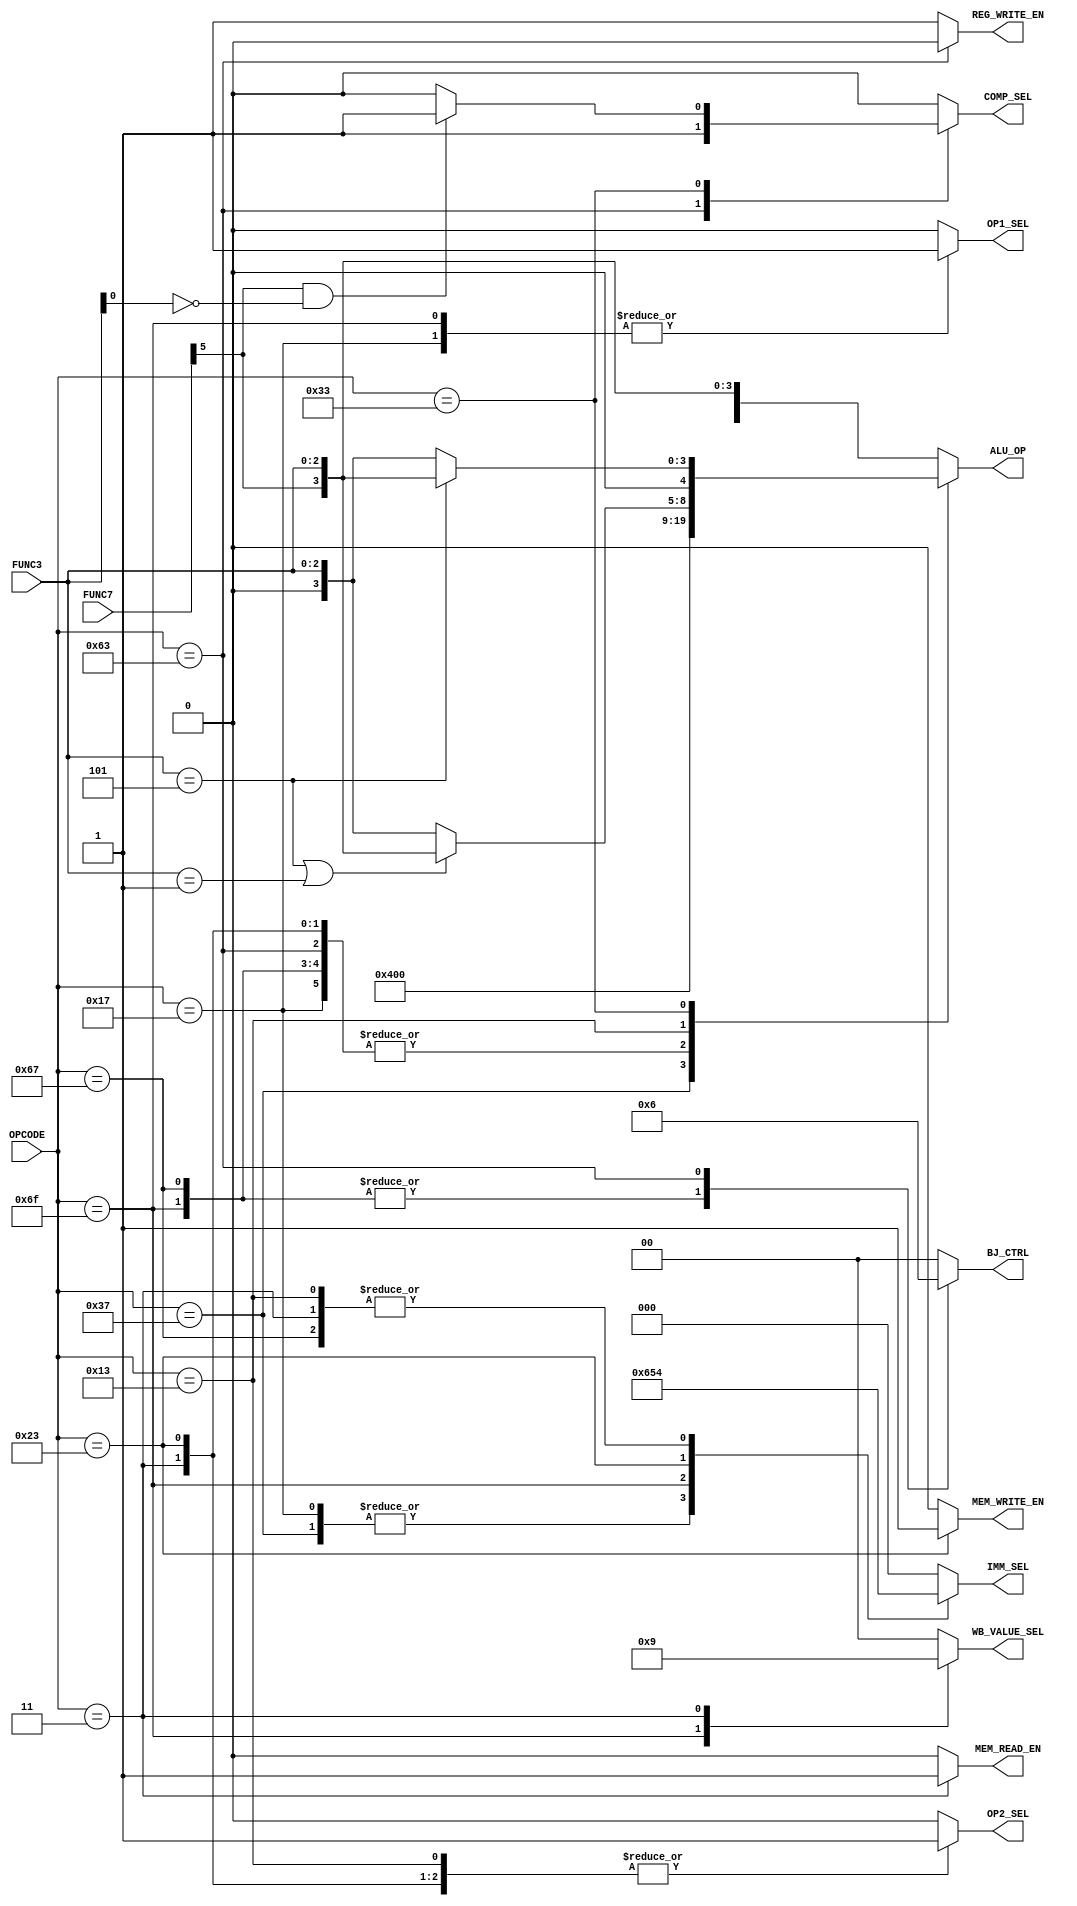
module controller(
    // inputs
    OPCODE,
    FUNC3,
    FUNC7,
    // outputs
    REG_WRITE_EN, //  wrten_reg
    WB_VALUE_SEL, // ALU_RESULT, MEM, PC + 4
    MEM_READ_EN, // d_mem_r
    MEM_WRITE_EN, // d_mem_w
    BJ_CTRL,
    ALU_OP, // alu_op
    COMP_SEL,
    OP2_SEL, // mux2
    OP1_SEL, // mux1
    IMM_SEL // mux_wire_module
);

    input [6:0] OPCODE;
    input [2:0] FUNC3;
    input [6:0] FUNC7;

    output reg [4:0] ALU_OP;
    output reg [2:0] IMM_SEL;
    output reg [1:0] BJ_CTRL;
    output reg [1:0] WB_VALUE_SEL;
    output reg REG_WRITE_EN, MEM_READ_EN, MEM_WRITE_EN, COMP_SEL, OP2_SEL, OP1_SEL;

    // test this

    wire [4:0] ALU_SELECT;

    assign ALU_SELECT = {1'b0,FUNC7[5],FUNC3};

    always @ (*)
    begin
        case(OPCODE)
        7'b0110111: begin // LUI
            MEM_READ_EN <= 1'd0;
            MEM_WRITE_EN <= 1'd0;
            BJ_CTRL <= 2'b00;
            REG_WRITE_EN <= 1'd1;
            COMP_SEL <= 1'd0;
            WB_VALUE_SEL <= 2'd0;
            OP2_SEL <= 1'd1;
            OP1_SEL <= 1'd0;
            IMM_SEL <= 3'b011;
            ALU_OP <= 5'b10000;
        end
        7'b0010111: begin // AUIPC
            MEM_READ_EN <= 1'd0;
            MEM_WRITE_EN <= 1'd0;
            BJ_CTRL <= 2'b00;
            REG_WRITE_EN <= 1'd1;
            COMP_SEL <= 1'd0;
            WB_VALUE_SEL <= 2'd0;
            OP2_SEL <= 1'd1;
            OP1_SEL <= 1'd1;
            IMM_SEL <= 3'b011;
            ALU_OP <= 5'd0;
        end
        7'b1101111: begin // JAL
            MEM_READ_EN <= 1'd0;
            MEM_WRITE_EN <= 1'd0;
            BJ_CTRL <= 2'b01;
            REG_WRITE_EN <= 1'd1;
            COMP_SEL <= 1'd0;
            WB_VALUE_SEL <= 2'd2;
            OP2_SEL <= 1'd1;
            OP1_SEL <= 1'd1;
            IMM_SEL <= 3'd1;
            ALU_OP <= 5'd0;
        end
        7'b1100111: begin // JALR
            MEM_READ_EN <= 1'd0;
            MEM_WRITE_EN <= 1'd0;
            BJ_CTRL <= 2'b01;
            REG_WRITE_EN <= 1'd1;
            COMP_SEL <= 1'd0;
            WB_VALUE_SEL <= 2'd0;
            OP2_SEL <= 1'd1;
            OP1_SEL <= 1'd0;
            IMM_SEL <= 3'd4;
            ALU_OP <= 5'd0;
        end
        7'b1100011: begin // BEQ, BNE, ...
            MEM_READ_EN <= 1'd0;
            MEM_WRITE_EN <= 1'd0;
            BJ_CTRL <= 2'b10;
            REG_WRITE_EN <= 1'd0;
            COMP_SEL <= 1'd1;
            WB_VALUE_SEL <= 2'd0;
            OP2_SEL <= 1'd0;
            OP1_SEL <= 1'd0;
            IMM_SEL <= 3'd0;
            ALU_OP <= 5'd0;
        end
        7'b0000011: begin // LB, LH, LW
            MEM_READ_EN <= 1'd1;
            MEM_WRITE_EN <= 1'd0;
            BJ_CTRL <= 2'b00;
            REG_WRITE_EN <= 1'd1;
            COMP_SEL <= 1'd0;
            WB_VALUE_SEL <= 2'd1;
            OP2_SEL <= 1'd1;
            OP1_SEL <= 1'd0;
            IMM_SEL <= 3'd4;
            ALU_OP <= 5'd0;
        end
        7'b0100011: begin // SB, SH, SW, ...
            MEM_READ_EN <= 1'd0;
            MEM_WRITE_EN <= 1'd1;
            BJ_CTRL <= 2'b00;
            REG_WRITE_EN <= 1'd1;
            COMP_SEL <= 1'd0;
            WB_VALUE_SEL <= 2'd0;
            OP2_SEL <= 1'd1;
            OP1_SEL <= 1'd0;
            IMM_SEL <= 3'd02;
            ALU_OP <= 5'd0;
        end
        7'b0010011: begin // ADDI, SLTI, SORI, ORI, ANDI, ...
            MEM_READ_EN <= 1'd0;
            MEM_WRITE_EN <= 1'd0;
            BJ_CTRL <= 2'b00;
            REG_WRITE_EN <= 1'd1;
            COMP_SEL <= 1'd0;
            WB_VALUE_SEL <= 2'd0;
            OP2_SEL <= 1'd1;
            OP1_SEL <= 1'd0;
            IMM_SEL <= 3'd4;
            //ALU_OP <= ALU_SELECT;
            ALU_OP <= ((FUNC3 == 3'b101) || (FUNC3 == 3'b001)) ? ALU_SELECT: {2'b0, FUNC3} ;

        end
        7'b0110011: begin // ADD, SUB, AND, OR
            MEM_READ_EN <= 1'd0;
            MEM_WRITE_EN <= 1'd0;
            BJ_CTRL <= 2'b00;
            REG_WRITE_EN <= 1'd1;
            COMP_SEL <= (FUNC7[5] && !FUNC3[0]) ? 1'd1 : 1'd0;
            WB_VALUE_SEL <= 2'd0;
            OP2_SEL <= 1'd0;
            OP1_SEL <= 1'd0;
            IMM_SEL <= 3'd0;
            //ALU_OP <= ALU_SELECT;
            ALU_OP <= ((FUNC3 == 3'b101) ) ? ALU_SELECT: {2'b0, FUNC3} ;

        end
        default: begin // Default
            MEM_READ_EN <= 1'd0;
            MEM_WRITE_EN <= 1'd0;
            BJ_CTRL <= 2'b00;
            REG_WRITE_EN <= 1'd1;
            COMP_SEL <= 1'd0;
            WB_VALUE_SEL <= 2'd0;
            OP2_SEL <= 1'd0;
            OP1_SEL <= 1'd0;
            IMM_SEL <= 3'd0;
            ALU_OP <= ALU_SELECT;
        end
        endcase
    end
endmodule